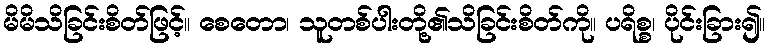
မိမိသိခြင်းစိတ်ဖြင့်။ စေတော၊ သူတစ်ပါးတို့၏သိခြင်းစိတ်ကို။ ပရိစ္စ၊ ပိုင်းခြား၍။